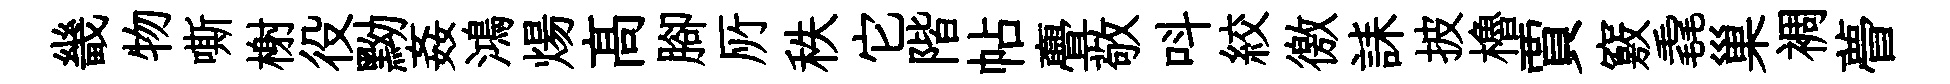
畿物嘶榭役黝姦鴻煬髙腳𠩄秩它階帖亹敬呌絞徼誄披櫓賈竅毳巢裯瞢